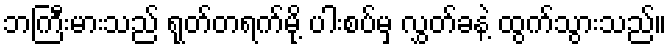
ဘကြီးမားသည် ရုတ်တရက်မို့ ပါးစပ်မှ လွှတ်ခနဲ့ ထွက်သွားသည်။